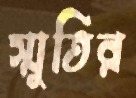
স্মুতির